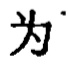
为